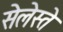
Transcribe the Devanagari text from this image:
सेलेस्ते